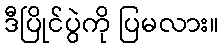
ဒီပြိုင်ပွဲကို ပြမလား။